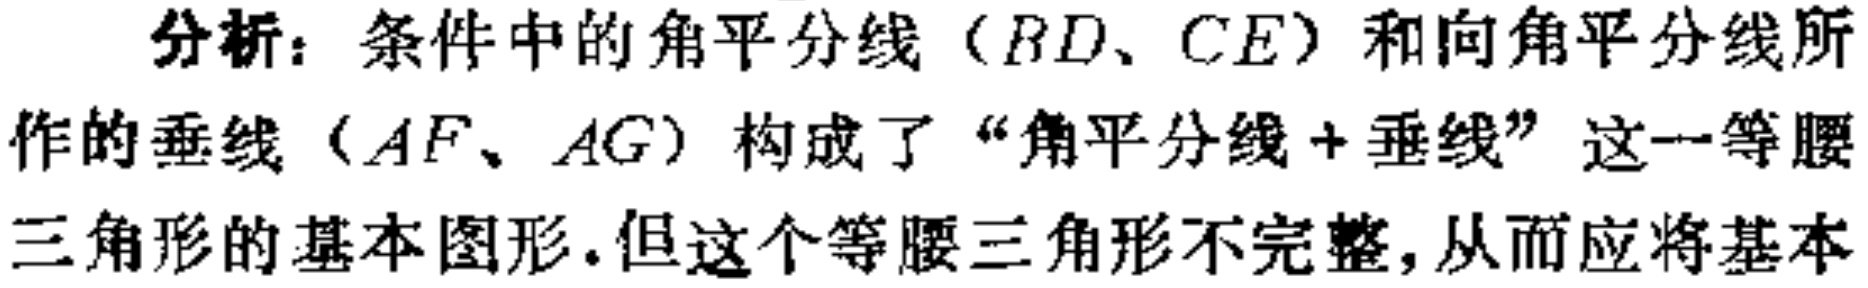
分析：条件中的角平分线（\(BD、CE\)）和向角平分线所作的垂线（\(AF、AG\)）构成了“角平分线+垂线”这一等腰三角形的基本图形.但这个等腰三角形不完整,从而应将基本